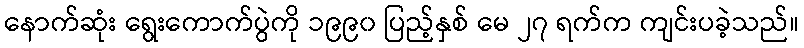
နောက်ဆုံး ရွေးကောက်ပွဲကို ၁၉၉၀ ပြည့်နှစ် မေ ၂၇ ရက်က ကျင်းပခဲ့သည်။